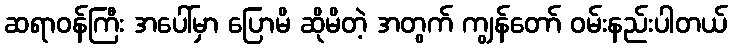
ဆရာဝန်ကြီး အပေါ်မှာ ပြောမိ ဆိုမိတဲ့ အတွက် ကျွန်တော် ဝမ်းနည်းပါတယ်